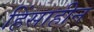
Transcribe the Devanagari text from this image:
हिंसाहीन